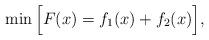
LaTeX: \begin{align*}\min \Big[ {F}(x)=f_1(x)+f_2(x) \Big],\end{align*}